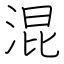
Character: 混